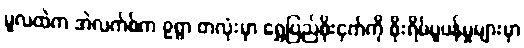
မူလထဲက အဲလက်စ်က ၉ရွာ တလုံးမှာ ရွှေပြည်စိုးငှက်ကို စိုးရိမ်ပူပန်မှုများမှာ